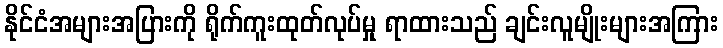
နိုင်ငံအများအပြားကို ရိုက်ကူးထုတ်လုပ်မှု ရာထားသည် ချင်းလူမျိုးများအကြား